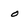
Character: 0